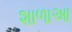
શાળાઆ